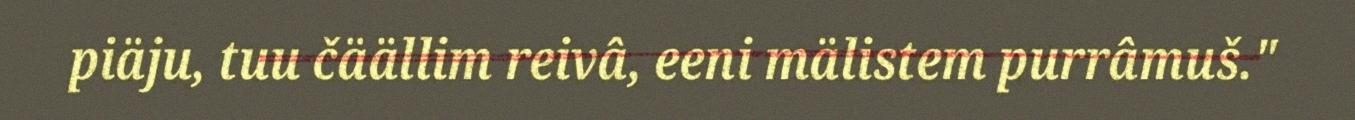
piäju, tuu čäällim reivâ, eeni mälistem purrâmuš."